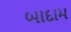
બાદામ